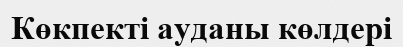
Көкпекті ауданы көлдері